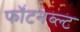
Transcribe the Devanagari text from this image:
फॉंटनब्ल्ट